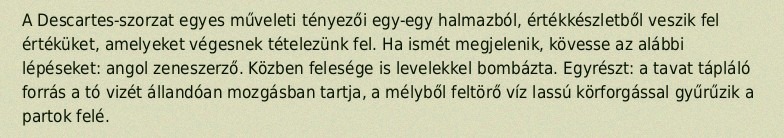
A Descartes-szorzat egyes műveleti tényezői egy-egy halmazból, értékkészletből veszik fel értéküket, amelyeket végesnek tételezünk fel. Ha ismét megjelenik, kövesse az alábbi lépéseket: angol zeneszerző. Közben felesége is levelekkel bombázta. Egyrészt: a tavat tápláló forrás a tó vizét állandóan mozgásban tartja, a mélyből feltörő víz lassú körforgással gyűrűzik a partok felé.